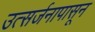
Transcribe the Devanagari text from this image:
उत्सर्जनापासून